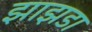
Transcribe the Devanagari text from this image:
झाझडा